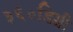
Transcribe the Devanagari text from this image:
३६०डिग्री